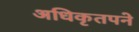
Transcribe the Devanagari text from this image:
अधिकृतपने